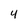
Character: 4